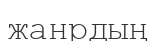
жанрдың